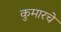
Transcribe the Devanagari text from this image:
कुमारचे